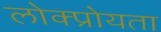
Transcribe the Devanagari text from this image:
लोक्प्रोयता